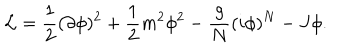
{ \cal L } = { \frac { 1 } { 2 } } ( \partial \phi ) ^ { 2 } + { \frac { 1 } { 2 } } m ^ { 2 } \phi ^ { 2 } - { \frac { g } { N } } ( i \phi ) ^ { N } - J \phi .